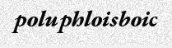
poluphloisboic